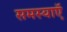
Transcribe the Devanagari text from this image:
समस्याऍ